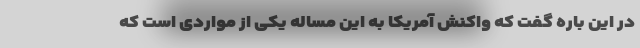
در این باره گفت که واکنش آمریکا به این مساله یکی از مواردی است که